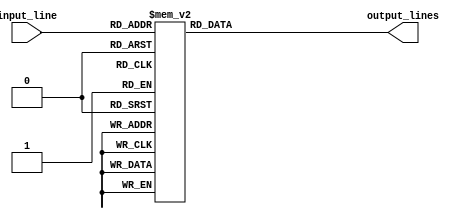
module demux_1to16(
    input wire [3:0] input_line,
    output reg [15:0] output_lines
);

always @ (input_line) begin
    case(input_line)
        4'd0: output_lines = 16'b0000000000000001;
        4'd1: output_lines = 16'b0000000000000010;
        4'd2: output_lines = 16'b0000000000000100;
        4'd3: output_lines = 16'b0000000000001000;
        4'd4: output_lines = 16'b0000000000010000;
        4'd5: output_lines = 16'b0000000000100000;
        4'd6: output_lines = 16'b0000000001000000;
        4'd7: output_lines = 16'b0000000010000000;
        4'd8: output_lines = 16'b0000000100000000;
        4'd9: output_lines = 16'b0000001000000000;
        4'd10: output_lines = 16'b0000010000000000;
        4'd11: output_lines = 16'b0000100000000000;
        4'd12: output_lines = 16'b0001000000000000;
        4'd13: output_lines = 16'b0010000000000000;
        4'd14: output_lines = 16'b0100000000000000;
        4'd15: output_lines = 16'b1000000000000000;
        default: output_lines = 16'b0000000000000000;
    endcase
end

endmodule